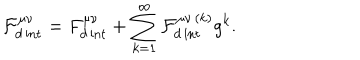
\mathcal { F } _ { d \, \mathrm { i n t } } ^ { \mu \nu } = F _ { d \, \mathrm { i n t } } ^ { \mu \nu } + \sum _ { k = 1 } ^ { \infty } \mathcal { F } _ { d \, \mathrm { i n t } } ^ { \mu \nu \, ( k ) } g ^ { k } .